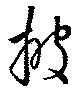
披